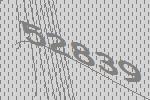
52839